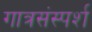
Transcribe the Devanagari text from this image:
गात्रसंस्पर्श